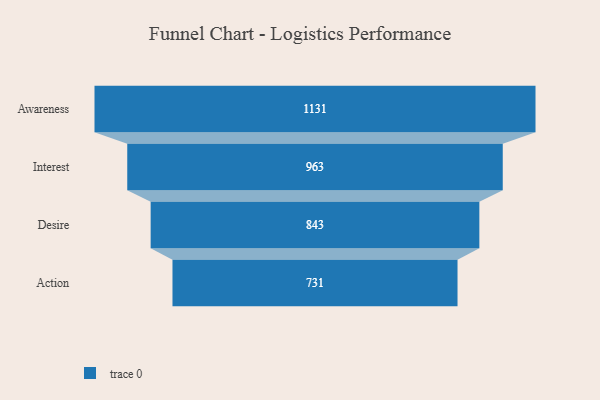
{"axis": {"x": "Stage", "y": "Value"}, "legend": [""], "data": [{"x": "Awareness", "y": 1131.0, "type": ""}, {"x": "Interest", "y": 963.0, "type": ""}, {"x": "Desire", "y": 843.0, "type": ""}, {"x": "Action", "y": 731.0, "type": ""}]}